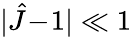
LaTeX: |\hat{J}\! -\! 1|\ll 1